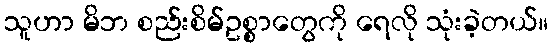
သူဟာ မိဘ စည်းစိမ်ဥစ္စာတွေကို ရေလို သုံးခဲ့တယ်။